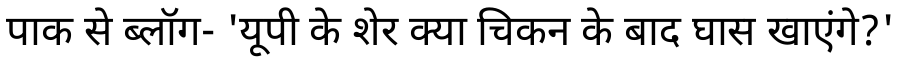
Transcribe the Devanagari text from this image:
पाक से ब्लॉग- 'यूपी के शेर क्या चिकन के बाद घास खाएंगे?'